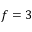
f = 3